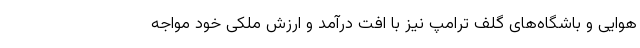
هوایی و باشگاه‌های گلف ترامپ نیز با افت درآمد و ارزش ملکی خود مواجه